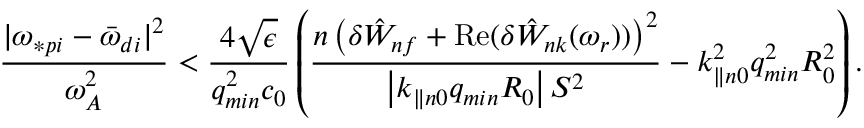
\frac { | \omega _ { \ast p i } - { \bar { \omega } } _ { d i } | ^ { 2 } } { \omega _ { A } ^ { 2 } } < \frac { 4 \sqrt { \epsilon } } { q _ { m i n } ^ { 2 } c _ { 0 } } \left( \frac { n \left( \delta { \hat { W } } _ { n f } + \mathrm { R e } ( { \delta { \hat { W } } _ { n k } ( \omega _ { r } ) ) } \right) ^ { 2 } } { \left| k _ { \parallel n 0 } q _ { m i n } R _ { 0 } \right| S ^ { 2 } } - k _ { \parallel n 0 } ^ { 2 } q _ { m i n } ^ { 2 } R _ { 0 } ^ { 2 } \right) .